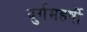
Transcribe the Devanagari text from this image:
दुर्गमहर्षी